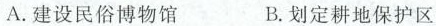
A.建设民俗博物馆 B.划定耕地保护区